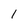
Character: 1